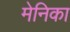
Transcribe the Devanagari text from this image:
मेनिका